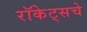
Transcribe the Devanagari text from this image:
रॉकेट्‌सचे